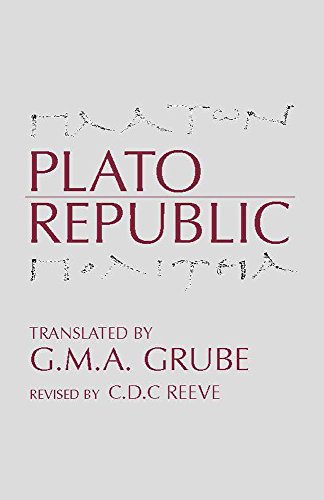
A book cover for Republic (Hackett Classics); Plato; Politics & Social Sciences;